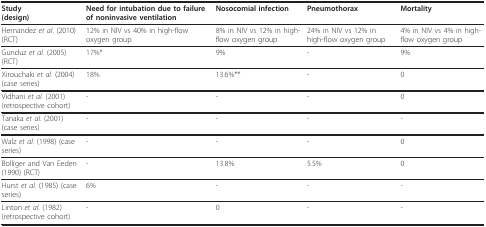
| Study(design) | Need for intubation due to failure of noninvasive ventilation | Nosocomial infection | Pneumothorax | Mortality |
 | --- | --- | --- | --- | --- |
 | Hernandez et al. (2010)(RCT) | 12% in NIV vs 40% in high-flow oxygen group | 8% in NIV vs 12% in high-flow oxygen group | 24% in NIV vs 12% in high-flow oxygen group | 4% in NIV vs 4% in high-flow oxygen group |
 | Gunduz et al. (2005) (RCT) | 17%* | 9% | - | 9% |
 | Xirouchaki et al. (2004) (case series) | 18% | 13.6%** | - | 0 |
 | Vidhani et al. (2001) (retrospective cohort) | - | - | - | 0 |
 | Tanaka et al. (2001) (case series) | - | - | - | - |
 | Walz et al. (1998) (case series) | - | - | - | 0 |
 | Bolliger and Van Eeden (1990) (RCT) | - | 13.8% | 5.5% | 0 |
 | Hurst et al. (1985) (case series) | 6% | - | - | - |
 | Linton et al. (1982) (retrospective cohort) | - | 0 | - | - |